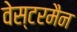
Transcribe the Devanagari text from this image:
वेस्टरमैन